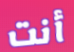
أنت